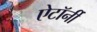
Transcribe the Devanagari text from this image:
ऐटॉर्नी